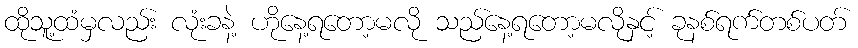
ထိုသူ့ထံမှလည်း လုံးခနဲ့ ဟိုနေ့ရတော့မလို သည်နေ့ရတော့မလိုနှင့် ခုနစ်ရက်တစ်ပတ်